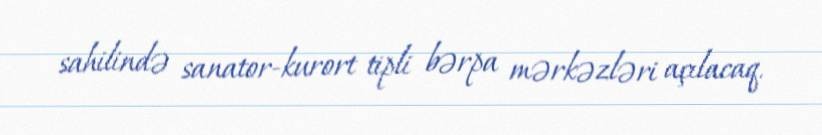
sahilində sanator-kurort tipli bərpa mərkəzləri açılacaq.